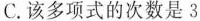
C.该多项式的次数是3